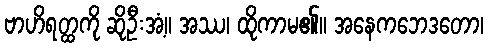
ဗာဟိရတ္ထကို ဆိုဦးအံ့။ အဿ၊ ထိုကာမ၏။ အနေကဘေဒတော၊